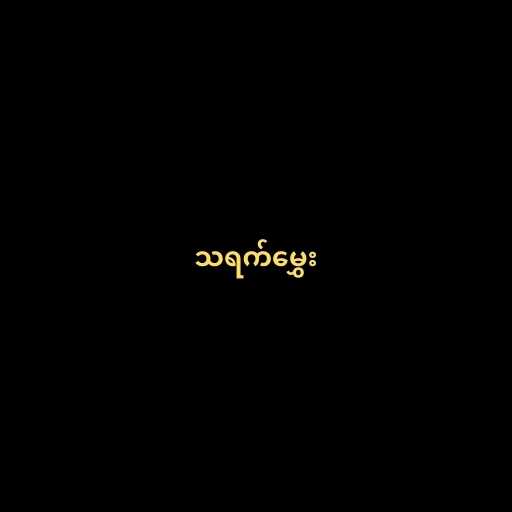
သရက်မွှေး